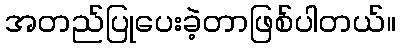
အတည်ပြုပေးခဲ့တာဖြစ်ပါတယ်။